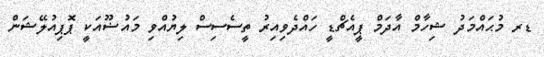
ޑރ މުޙައްމަދު ޝިހާމް އާދަމް ޕީއެޗްޑީ ހައްދެވިއިރު ތީސެސިސް ލިޔުއްވި މައުޟޫއަކީ ޕޮޕިއުލޭޝަން